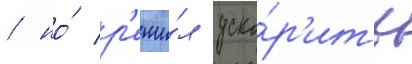
/ но́ р'еши́л уско́р'ить